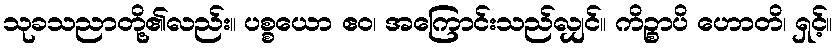
သုခသညာတို့၏လည်း။ ပစ္စယော ဧဝ၊ အကြောင်းသည်လျှင်။ ကိဉ္စာပိ ဟောတိ၊ ရှင့်။